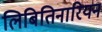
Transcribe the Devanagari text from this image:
लिबितिनारियन